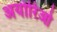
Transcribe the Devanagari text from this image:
अयोरिओ